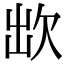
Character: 欪